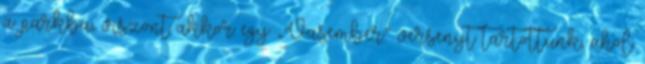
a parkba, viszont akkor egy „Vasember” versenyt tartottunk, ahol